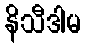
နိသီဒါမ